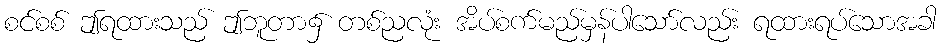
စင်စစ် ဤရထားသည် ဤဘူတာ၌ တစ်ညလုံး အိပ်စက်မည်မှန်ပါသော်လည်း ရထားရပ်သောအခါ